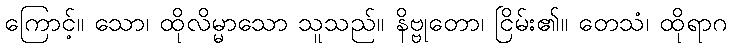
ကြောင့်။ သော၊ ထိုလိမ္မာသော သူသည်။ နိဗ္ဗုတော၊ ငြိမ်း၏။ တေသံ၊ ထိုရာဂ